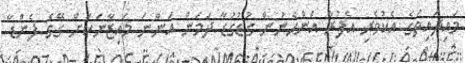
މައިދައިތަގެ އެކުވެރި އެފުރާ އަންހެނުން ގުޑުގުޑާ ދަމަން އަންނަ މައިޒާނަކަށް ގޭގެ ފެންޑާ